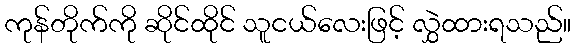
ကုန်တိုက်ကို ဆိုင်ထိုင် သူငယ်လေးဖြင့် လွှဲထားရသည်။